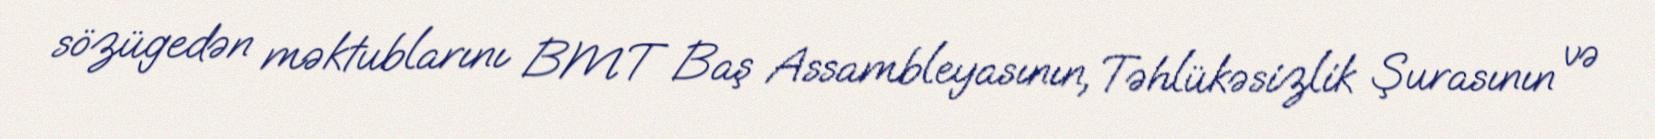
sözügedən məktublarını BMT Baş Assambleyasının, Təhlükəsizlik Şurasının və